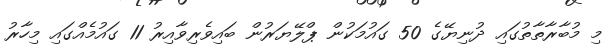
މި މުބާރާތާތުގައި ދުނިޔޭގެ 50 ގައުމަކުން ޕްލޭޔަރުން ބައިވެރިވާއިރު 11 ގައުމެއްގައި މިހާރު